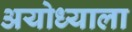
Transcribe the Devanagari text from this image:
अयोध्याला